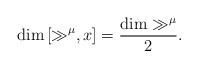
LaTeX: \begin{align*}\dim \left[\gg^{\mu},x\right]=\frac{\dim \gg^{\mu}}{2}.\end{align*}